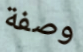
وصفة